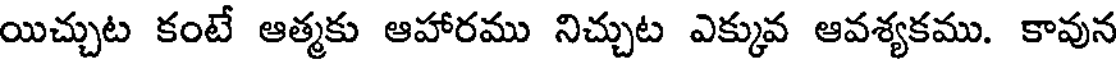
యిచ్చుట కంటే ఆత్మకు ఆహారము నిచ్చుట ఎక్కువ ఆవశ్యకము. కావున